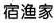
宿渔家